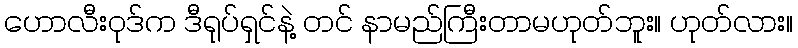
ဟောလီးဝုဒ်က ဒီရုပ်ရှင်နဲ့ တင် နာမည်ကြီးတာမဟုတ်ဘူး။ ဟုတ်လား။